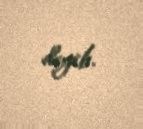
deyib.